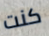
كنت